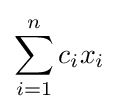
\sum _{i=1}^{n}c_{i}x_{i}